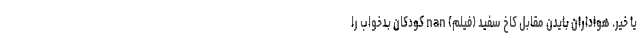
یا خیر. هواداران بایدن مقابل کاخ سفید (فیلم) nan کودکان بدخواب را